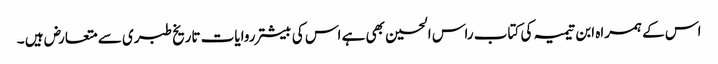
اس کے ہمراہ ابن تیمیہ کی کتاب راس الحسین بھی ہے اس کی بیشتر روایات تاریخ طبری سے متعارض ہیں ۔